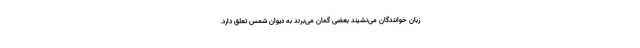
زبان خوانندگان می‌نشیند بعضی گمان می‌برند به دیوان شمس تعلق دارد.